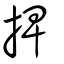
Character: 捭